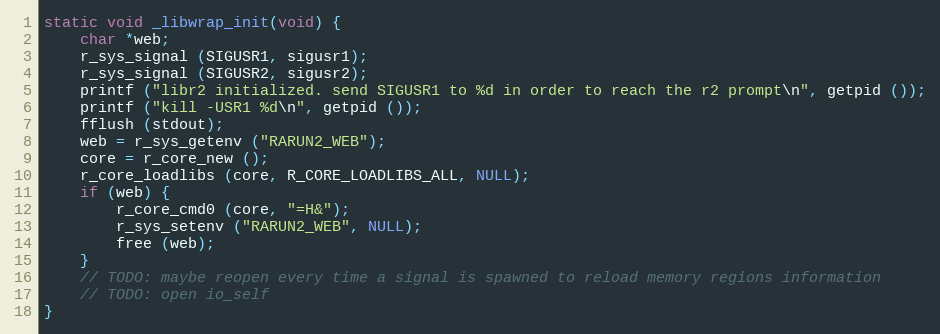
Language: C
static void _libwrap_init(void) {
	char *web;
	r_sys_signal (SIGUSR1, sigusr1);
	r_sys_signal (SIGUSR2, sigusr2);
	printf ("libr2 initialized. send SIGUSR1 to %d in order to reach the r2 prompt\n", getpid ());
	printf ("kill -USR1 %d\n", getpid ());
	fflush (stdout);
	web = r_sys_getenv ("RARUN2_WEB");
	core = r_core_new ();
	r_core_loadlibs (core, R_CORE_LOADLIBS_ALL, NULL);
	if (web) {
		r_core_cmd0 (core, "=H&");
		r_sys_setenv ("RARUN2_WEB", NULL);
		free (web);
	}
	// TODO: maybe reopen every time a signal is spawned to reload memory regions information
	// TODO: open io_self
}